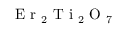
\mathrm { ~ E ~ r ~ } _ { 2 } \mathrm { ~ T ~ i ~ } _ { 2 } \mathrm { ~ O ~ } _ { 7 }